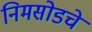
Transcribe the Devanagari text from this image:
निमसोडचे